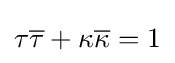
\tau {\overline {\tau }}+\kappa {\overline {\kappa }}=1